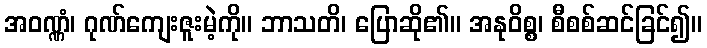
အဝဏ္ဏံ၊ ဂုဏ်ကျေးဇူးမဲ့ကို။ ဘာသတိ၊ ပြောဆို၏။ အနုဝိစ္စ၊ စီစစ်ဆင်ခြင်၍။